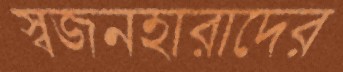
স্বজনহারাদের